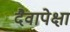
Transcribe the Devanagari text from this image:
दैवापेक्षा